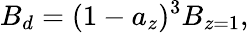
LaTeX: B_{d}=(1-a_{z})^{3}B_{z=1},